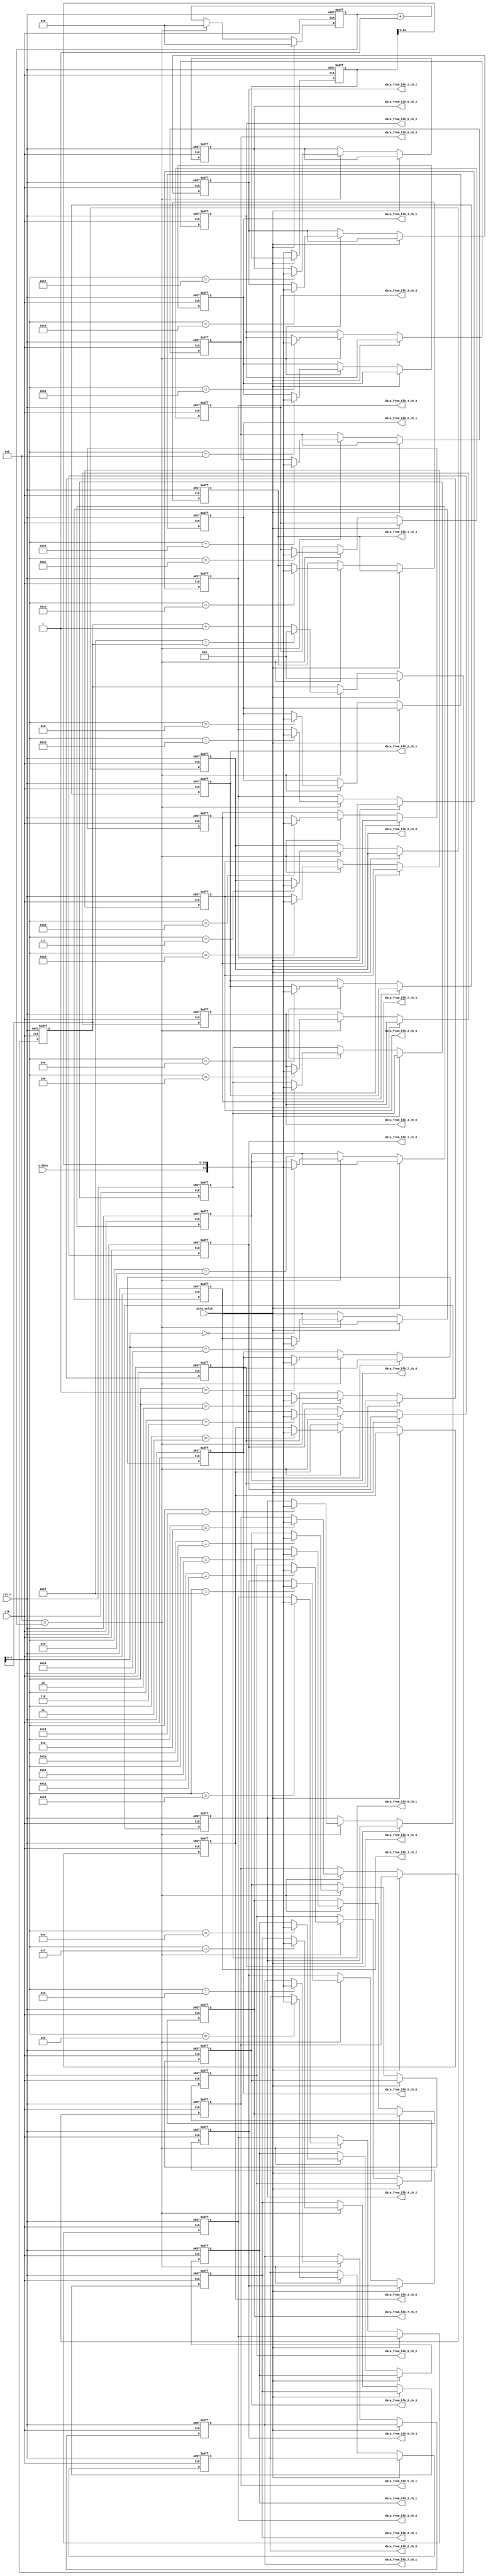

module S2P(
    clk,
    rst_n,
    s_data,
    data_valid,
    data_from_blk_0_ch_3,
    data_from_blk_1_ch_3,
    data_from_blk_2_ch_3,
    data_from_blk_3_ch_3,
    data_from_blk_4_ch_3,
    data_from_blk_5_ch_3,
    data_from_blk_6_ch_3,
    data_from_blk_7_ch_3,
    data_from_blk_0_ch_2,
    data_from_blk_1_ch_2,
    data_from_blk_2_ch_2,
    data_from_blk_3_ch_2,
    data_from_blk_4_ch_2,
    data_from_blk_5_ch_2,
    data_from_blk_6_ch_2,
    data_from_blk_7_ch_2,
    data_from_blk_0_ch_1,
    data_from_blk_1_ch_1,
    data_from_blk_2_ch_1,
    data_from_blk_3_ch_1,
    data_from_blk_4_ch_1,
    data_from_blk_5_ch_1,
    data_from_blk_6_ch_1,
    data_from_blk_7_ch_1,
    data_from_blk_0_ch_0,
    data_from_blk_1_ch_0,
    data_from_blk_2_ch_0,
    data_from_blk_3_ch_0,
    data_from_blk_4_ch_0,
    data_from_blk_5_ch_0,
    data_from_blk_6_ch_0,
    data_from_blk_7_ch_0,
);

parameter NUM_COL = 8;   // Block number in one Column
parameter BITS_ADC = 12;
parameter DATA_LENGTHS = BITS_ADC + 1;

input                     s_data; 
input                     data_valid; 
input			          clk;
input                     rst_n;
 
output [BITS_ADC-1:0] data_from_blk_0_ch_3;
output [BITS_ADC-1:0] data_from_blk_1_ch_3;
output [BITS_ADC-1:0] data_from_blk_2_ch_3;
output [BITS_ADC-1:0] data_from_blk_3_ch_3;
output [BITS_ADC-1:0] data_from_blk_4_ch_3;
output [BITS_ADC-1:0] data_from_blk_5_ch_3;
output [BITS_ADC-1:0] data_from_blk_6_ch_3;
output [BITS_ADC-1:0] data_from_blk_7_ch_3;
output [BITS_ADC-1:0] data_from_blk_0_ch_2;
output [BITS_ADC-1:0] data_from_blk_1_ch_2;
output [BITS_ADC-1:0] data_from_blk_2_ch_2;
output [BITS_ADC-1:0] data_from_blk_3_ch_2;
output [BITS_ADC-1:0] data_from_blk_4_ch_2;
output [BITS_ADC-1:0] data_from_blk_5_ch_2;
output [BITS_ADC-1:0] data_from_blk_6_ch_2;
output [BITS_ADC-1:0] data_from_blk_7_ch_2;
output [BITS_ADC-1:0] data_from_blk_0_ch_1;
output [BITS_ADC-1:0] data_from_blk_1_ch_1;
output [BITS_ADC-1:0] data_from_blk_2_ch_1;
output [BITS_ADC-1:0] data_from_blk_3_ch_1;
output [BITS_ADC-1:0] data_from_blk_4_ch_1;
output [BITS_ADC-1:0] data_from_blk_5_ch_1;
output [BITS_ADC-1:0] data_from_blk_6_ch_1;
output [BITS_ADC-1:0] data_from_blk_7_ch_1;
output [BITS_ADC-1:0] data_from_blk_0_ch_0;
output [BITS_ADC-1:0] data_from_blk_1_ch_0;
output [BITS_ADC-1:0] data_from_blk_2_ch_0;
output [BITS_ADC-1:0] data_from_blk_3_ch_0;
output [BITS_ADC-1:0] data_from_blk_4_ch_0;
output [BITS_ADC-1:0] data_from_blk_5_ch_0;
output [BITS_ADC-1:0] data_from_blk_6_ch_0;
output [BITS_ADC-1:0] data_from_blk_7_ch_0;


reg [BITS_ADC-1:0]        data_from_ch[31:0];

// parameter CNT_WIDTH = $clog2(12*32);
reg [11:0] data_out_buf;
// reg [CNT_WIDTH:0] cnt;
reg [9:0] cnt;
always @(posedge clk or negedge rst_n) begin
    if(~rst_n) begin
        data_out_buf <= 'b0;
        cnt <= 'b0;
    end else begin
        if (1'b0 == data_valid) begin
            data_out_buf <= {s_data,data_out_buf[11:1]};
            if ('d11==cnt) begin
                cnt <= 'b0;
            end else begin
                cnt <= cnt + 1'b1;
            end
        end else begin
            cnt <= 'b0;
        end
        
    end
end

// generate
//     genvar i;
//     for (i = 0; i < 32; i++) begin
//         data_from_ch[i] <= 'b0;
//     end
// endgenerate
reg [6:0] ch_cnt;
reg valid_before;
reg valid;
reg conv_finish;
always @(posedge clk or negedge rst_n) begin
    if(~rst_n) begin
        data_from_ch[31] <= 'b0;
        data_from_ch[30] <= 'b0;
        data_from_ch[29] <= 'b0;
        data_from_ch[28] <= 'b0;
        data_from_ch[27] <= 'b0;
        data_from_ch[26] <= 'b0;
        data_from_ch[25] <= 'b0;
        data_from_ch[24] <= 'b0;
        data_from_ch[23] <= 'b0;
        data_from_ch[22] <= 'b0;
        data_from_ch[21] <= 'b0;
        data_from_ch[20] <= 'b0;
        data_from_ch[19] <= 'b0;
        data_from_ch[18] <= 'b0;
        data_from_ch[17] <= 'b0;
        data_from_ch[16] <= 'b0;
        data_from_ch[15] <= 'b0;
        data_from_ch[14] <= 'b0;
        data_from_ch[13] <= 'b0;
        data_from_ch[12] <= 'b0;
        data_from_ch[11] <= 'b0;
        data_from_ch[10] <= 'b0;
        data_from_ch[9]  <= 'b0;
        data_from_ch[8]  <= 'b0;
        data_from_ch[7]  <= 'b0;
        data_from_ch[6]  <= 'b0;
        data_from_ch[5]  <= 'b0;
        data_from_ch[4]  <= 'b0;
        data_from_ch[3]  <= 'b0;
        data_from_ch[2]  <= 'b0;
        data_from_ch[1]  <= 'b0;
        data_from_ch[0]  <= 'b0;
        ch_cnt  <= 'b0;
    end else begin
        if (1'b0 == data_valid) begin
            if ('d11==cnt) begin
                data_from_ch[ch_cnt] <= {s_data,data_out_buf[11:1]};
                if ('d31==ch_cnt) begin
                    ch_cnt <= 'b0;
                end else begin
                    ch_cnt <= ch_cnt + 1'b1;
                end
            end
        end else begin
            ch_cnt <= 'b0;
        end
        
    end
end
assign data_from_blk_0_ch_3 = data_from_ch[31];
assign data_from_blk_1_ch_3 = data_from_ch[30];
assign data_from_blk_2_ch_3 = data_from_ch[29];
assign data_from_blk_3_ch_3 = data_from_ch[28];
assign data_from_blk_4_ch_3 = data_from_ch[27];
assign data_from_blk_5_ch_3 = data_from_ch[26];
assign data_from_blk_6_ch_3 = data_from_ch[25];
assign data_from_blk_7_ch_3 = data_from_ch[24];
assign data_from_blk_0_ch_2 = data_from_ch[23];
assign data_from_blk_1_ch_2 = data_from_ch[22];
assign data_from_blk_2_ch_2 = data_from_ch[21];
assign data_from_blk_3_ch_2 = data_from_ch[20];
assign data_from_blk_4_ch_2 = data_from_ch[19];
assign data_from_blk_5_ch_2 = data_from_ch[18];
assign data_from_blk_6_ch_2 = data_from_ch[17];
assign data_from_blk_7_ch_2 = data_from_ch[16];
assign data_from_blk_0_ch_1  = data_from_ch[15];
assign data_from_blk_1_ch_1  = data_from_ch[14];
assign data_from_blk_2_ch_1  = data_from_ch[13];
assign data_from_blk_3_ch_1  = data_from_ch[12];
assign data_from_blk_4_ch_1  = data_from_ch[11];
assign data_from_blk_5_ch_1  = data_from_ch[10];
assign data_from_blk_6_ch_1  = data_from_ch[9];
assign data_from_blk_7_ch_1  = data_from_ch[8];
assign data_from_blk_0_ch_0  = data_from_ch[7];
assign data_from_blk_1_ch_0  = data_from_ch[6];
assign data_from_blk_2_ch_0  = data_from_ch[5];
assign data_from_blk_3_ch_0  = data_from_ch[4];
assign data_from_blk_4_ch_0  = data_from_ch[3];
assign data_from_blk_5_ch_0  = data_from_ch[2];
assign data_from_blk_6_ch_0  = data_from_ch[1];
assign data_from_blk_7_ch_0  = data_from_ch[0];

endmodule